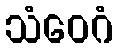
သံဝေဂံ